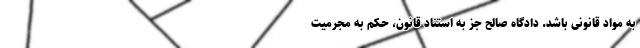
به مواد قانونی باشد. دادگاه صالح جز به استناد قانون، حکم به مجرمیت